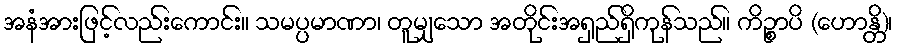
အနံအားဖြင့်လည်းကောင်း။ သမပ္ပမာဏာ၊ တူမျှသော အတိုင်းအရှည်ရှိကုန်သည်။ ကိဉ္စာပိ (ဟောန္တိ)၊